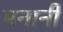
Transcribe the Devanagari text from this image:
मनानी